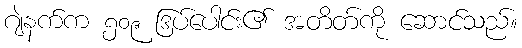
ဂျဲနက်က ၅၀၉ ဒြပ်ပေါင်း၏ အတိတ်ကို ဆောင်သည်။